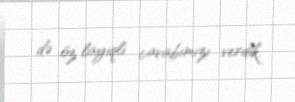
də öz layiqli cavabımızı verdik.